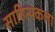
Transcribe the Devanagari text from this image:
साहित्यकला